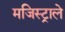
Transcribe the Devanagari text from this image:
मजिस्ट्राले